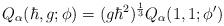
LaTeX: \begin{align*}Q_\alpha(\hbar,g; \phi) = (g\hbar^2)^{\frac{1}{3} } Q_\alpha(1,1; \phi^\prime) \end{align*}